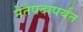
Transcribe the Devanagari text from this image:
नेतेपदापर्यंत